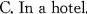
C.In a hotel.